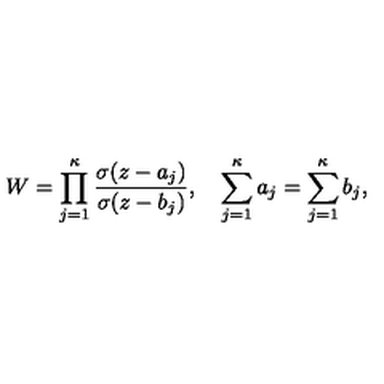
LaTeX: W = \prod _ { j = 1 } ^ { \kappa } \frac { \sigma ( z - a _ { j } ) } { \sigma ( z - b _ { j } ) } , \quad \sum _ { j = 1 } ^ { \kappa } a _ { j } = \sum _ { j = 1 } ^ { \kappa } b _ { j } ,